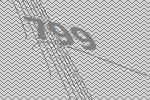
799